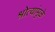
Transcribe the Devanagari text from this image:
श्रोत्यांमुळे